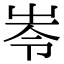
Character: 𡴒